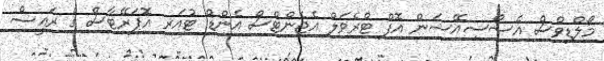
މޯލްޑިވްސް އެސޯސިއޭޝަން އޮފް ޓްރެވަލް އެޖެންޓްސް އެންޑް ޓުއަރ އޮޕަރޭޓާސް ގެ ރައީސް